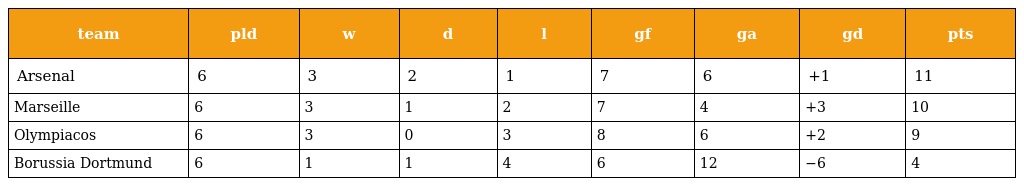
| team | pld | w | d | l | gf | ga | gd | pts |
 | --- | --- | --- | --- | --- | --- | --- | --- | --- |
 | Arsenal | 6 | 3 | 2 | 1 | 7 | 6 | +1 | 11 |
 | Marseille | 6 | 3 | 1 | 2 | 7 | 4 | +3 | 10 |
 | Olympiacos | 6 | 3 | 0 | 3 | 8 | 6 | +2 | 9 |
 | Borussia Dortmund | 6 | 1 | 1 | 4 | 6 | 12 | −6 | 4 |